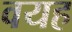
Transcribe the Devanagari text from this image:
वयह